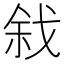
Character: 𢧅